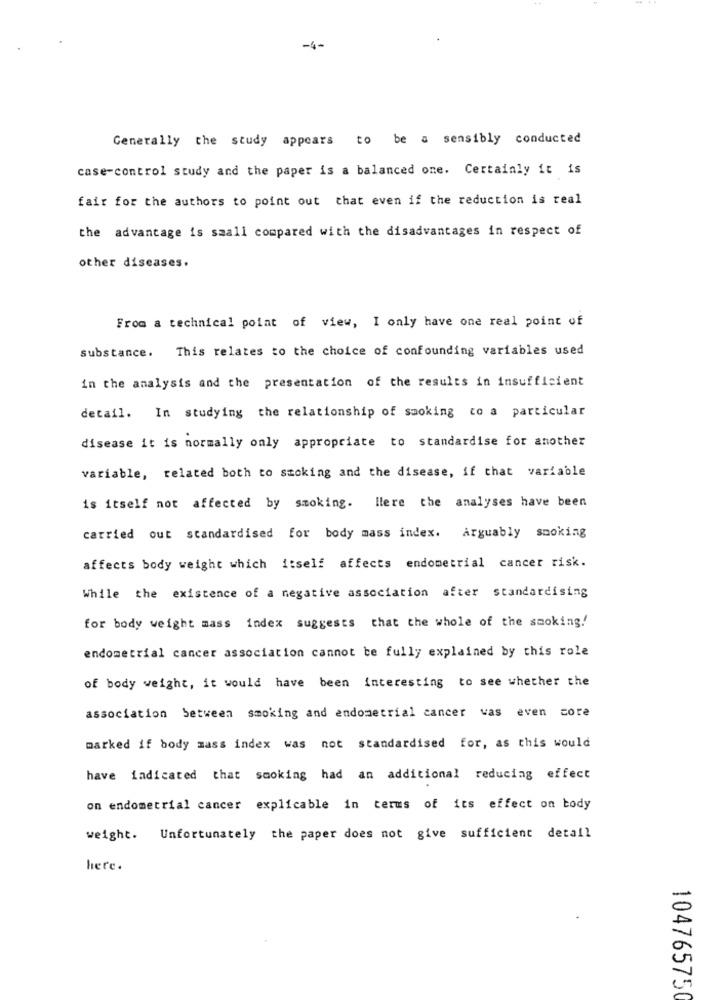
-4-
Generally the study appears to be a sensibly conducted
case-control study and the paper is a balanced one. Certainly it is
fair for the authors to point out that even if the reduction is real
the advantage is small compared with the disadvantages in respect of
other diseases.
From a technical point of view, I only have one real point of
substance.
This relates to the choice of confounding variables used
in the analysis and the presentation of the results in insufficient
detail. In studying the relationship of smoking to a particular
disease it is normally only appropriate to standardise for another
variable, related both to smoking and the disease, if that variable
is itself not affected by smoking. llere the analyses have been
carried out standardised for body mass index. Arguably smoking
affects body weight which itself affects endometrial cancer risk.
While the existence of a negative association after standardising
for body weight mass index suggests that the whole of the smoking!
endometrial cancer association cannot be fully explained by this role
of body weight, it would have been interesting to see whether the
association between smoking and endometrial cancer was even core
marked if body mass index was not standardised for, as this would
have indicated that smoking had an additional reducing effect
on endometrial cancer explicable in terms of its effect on body
weight. Unfortunately the paper does not give sufficient detail
here.
104765750